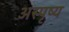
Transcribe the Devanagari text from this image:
अस्पृष्य